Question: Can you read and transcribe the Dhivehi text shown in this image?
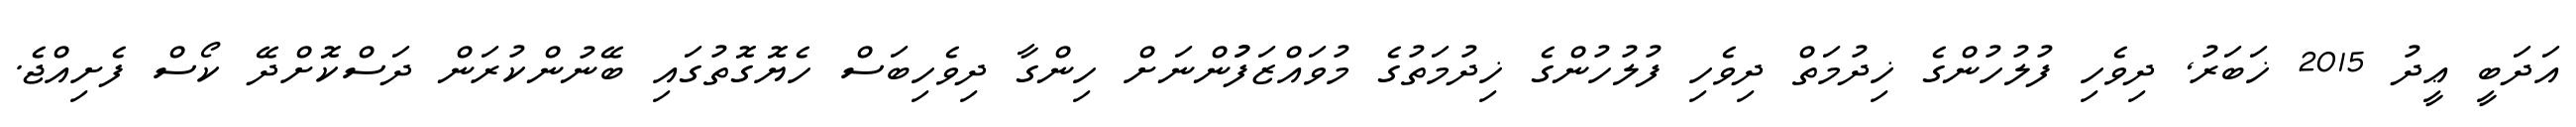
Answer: އަދަބީ ޢީދު 2015 ޚަބަރު, ދިވެހި ފުލުހުންގެ ޚިދުމަތް ދިވެހި ފުލުހުންގެ ޚިދުމަތުގެ މުވައްޒަފުުންނަށް ހިންގާ ދިވެހިބަސް ހެޔޮގޮތުގައި ބޭނުންކުރަން ދަސްކޮށްދޭ ކޯސް ފެށިއްޖެ.